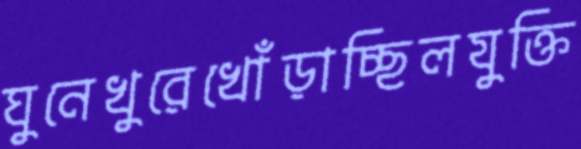
ঘুনেখুরেখোঁড়াচ্ছিলযুক্তি